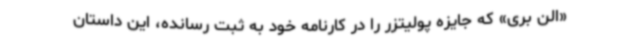
«الن بری» که جایزه پولیتزر را در کارنامه خود به ثبت رسانده، این داستان